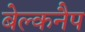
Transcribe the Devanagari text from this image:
बेल्कनैप